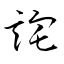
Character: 詫